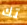
تك